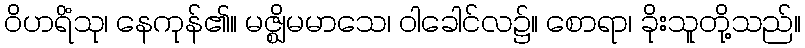
ဝိဟရိံသု၊ နေကုန်၏။ မဇ္ဈိမမာသေ၊ ဝါခေါင်လ၌။ စောရာ၊ ခိုးသူတို့သည်။